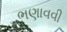
ભણાવવી